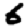
Digit: 6